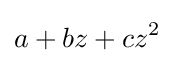
a+bz+cz^{2}\!